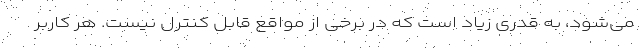
می‌شود، به قدری زیاد است که در برخی از مواقع قابل کنترل نیست. هر کاربر